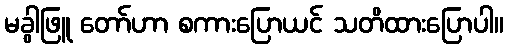
မခွါဖြူ တော်ဟာ စကားပြောယင် သတိထားပြောပါ။